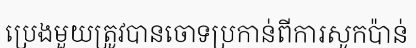
ប្រេងមួយត្រូវបានចោទប្រកាន់ពីការសូកប៉ាន់